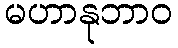
မဟာနုဘာဝ